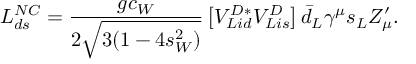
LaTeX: { \cal L } _ { d s } ^ { N C } = \frac { g c _ { W } } { 2 \sqrt { 3 ( 1 - 4 s _ { W } ^ { 2 } ) } } \left[ V _ { L i d } ^ { D * } V _ { L i s } ^ { D } \right] \bar { d } _ { L } \gamma ^ { \mu } s _ { L } Z _ { \mu } ^ { \prime } .